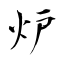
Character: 炉